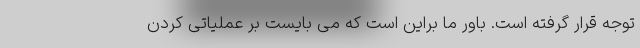
توجه قرار گرفته است. باور ما براین است که می بایست بر عملیاتی کردن